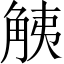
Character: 𧣧